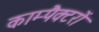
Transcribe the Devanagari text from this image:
काम्पैक्टरों